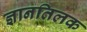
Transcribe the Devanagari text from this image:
ज्ञानतिलक